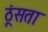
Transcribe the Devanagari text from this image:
ठूंसता